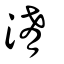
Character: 淆